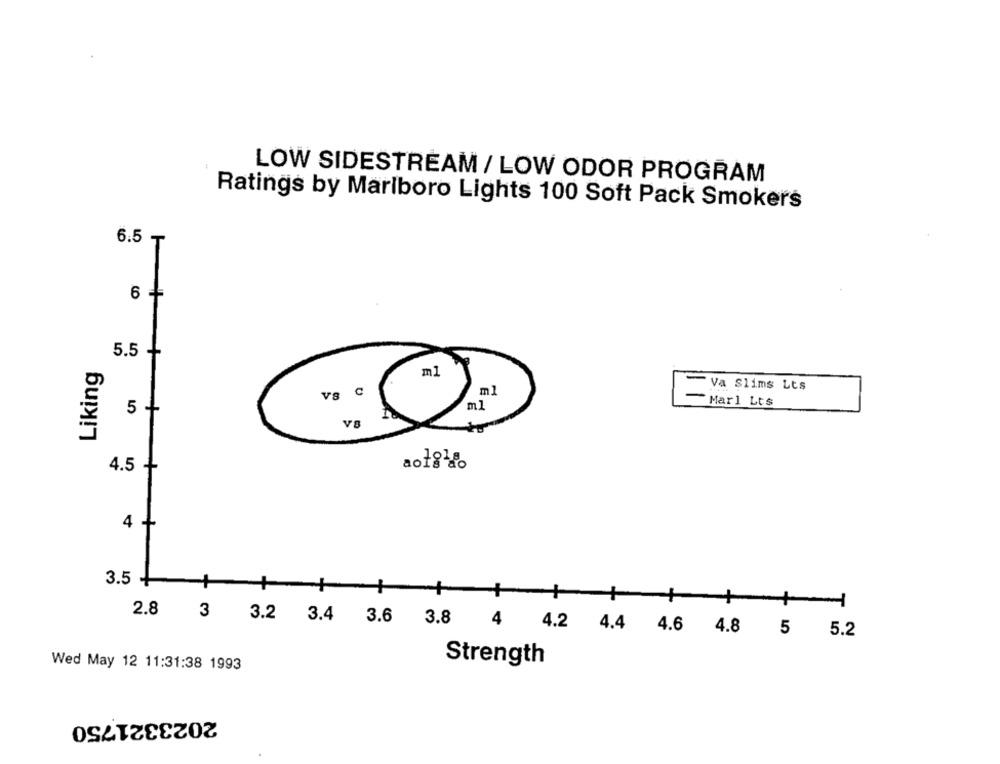
LOW SIDESTREAM / LOW ODOR PROGRAM
Ratings by Marlboro Lights 100 Soft Pack Smokers
6.5-
6 +
5.5
+
Liking
ml
Va Slims Lts
VS
ml
Mar1 Lts
5 +
ml
VB
ao18%.
4.5 +
4 +
3.5 +
+
+
+
2.8 3 3.2 3.4 3.6 3.8 4 4.2 4.4 4.6 4.8 5
5.2
Strength
Wed May 12 11:31:38 1993
2023321750